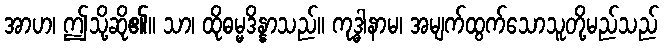
အာဟ၊ ဤသို့ဆို၏။ သာ၊ ထိုဓမ္မဒိန္နာသည်။ ကုဒ္ဓါနာမ၊ အမျက်ထွက်သောသူတို့မည်သည်